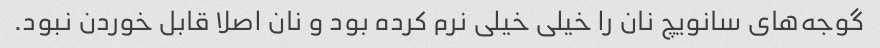
گوجه‌های سانویچ نان را خیلی خیلی نرم کرده بود و نان اصلا قابل خوردن نبود.